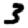
Digit: 3